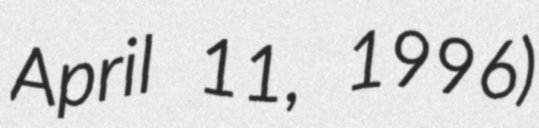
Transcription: April 11, 1996)